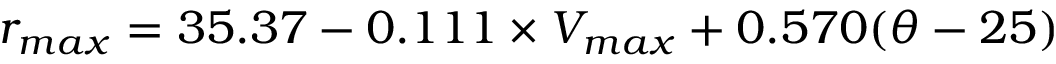
r _ { m a x } = 3 5 . 3 7 - 0 . 1 1 1 \times V _ { m a x } + 0 . 5 7 0 ( \theta - 2 5 )